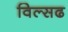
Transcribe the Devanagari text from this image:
विल्सढ